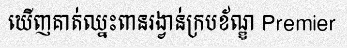
ឃើញគាត់ឈ្នះពានរង្វាន់ក្របខ័ណ្ឌ Premier